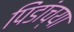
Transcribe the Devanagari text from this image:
पिंडांच्या